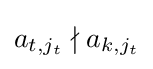
a_{t,j_{t}}\nmid a_{k,j_{t}}